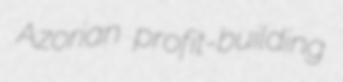
Azorian profit-building